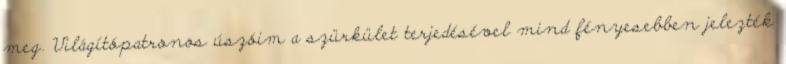
meg. Világítópatronos úszóim a szürkület terjedésével mind fényesebben jelezték